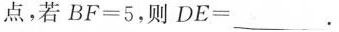
点，若$$BF=5$$，则$$DE=___$$.